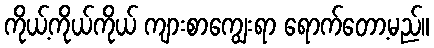
ကိုယ့်ကိုယ်ကိုယ် ကျားစာကျွေးရာ ရောက်တော့မည်။